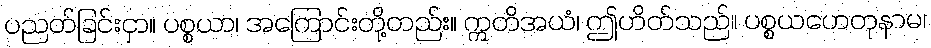
ပညတ်ခြင်းငှာ။ ပစ္စယာ၊ အကြောင်းတို့တည်း။ ဣတိအယံ၊ ဤဟိတ်သည်။ ပစ္စယဟေတုနာမ၊